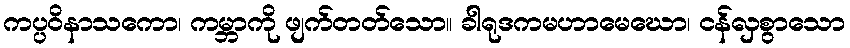
ကပ္ပဝိနာသကော၊ ကမ္ဘာကို ဖျက်တတ်သော။ ခါရုဒကမဟာမေဃော၊ ငန်လှစွာသော